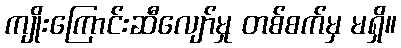
ကျိုးကြောင်းဆီလျော်မှု တစ်စက်မှ မရှိ။